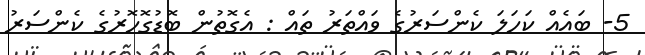
5- ބައެއް ކަހަލަ ކެންސަރުގެ ވައްތަރު ތައް : އެގޮތުން ބޮޑުގޮހޮރުގެ ކެންސަރު